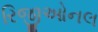
રિજીઓનલ